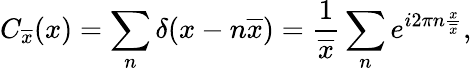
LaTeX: C_{\overline{{x}}}(x)=\sum_{n}\delta(x-n\overline{{x}})=\frac{1}{\overline{{x}}}\sum_{n}e^{i2\pi n\frac{x}{\overline{{x}}}},